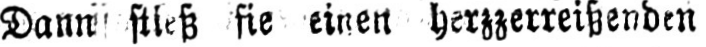
Dann stieß sie einen herzzerreißenden